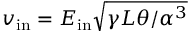
v _ { \mathrm { i n } } = E _ { \mathrm { i n } } \sqrt { \gamma L \theta / \alpha ^ { 3 } }